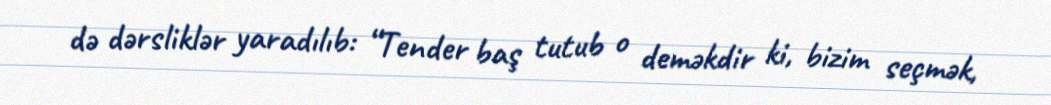
də dərsliklər yaradılıb: “Tender baş tutub o deməkdir ki, bizim seçmək,